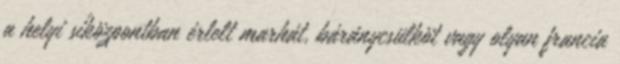
a helyi síközpontban érlelt marhát, báránycsülköt vagy olyan francia